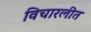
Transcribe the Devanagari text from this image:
विचारलीत